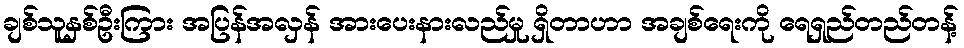
ချစ်သူနှစ်ဦးကြား အပြန်အလှန် အားပေးနားလည်မှု ရှိတာဟာ အချစ်ရေးကို ရေရှည်တည်တန့်